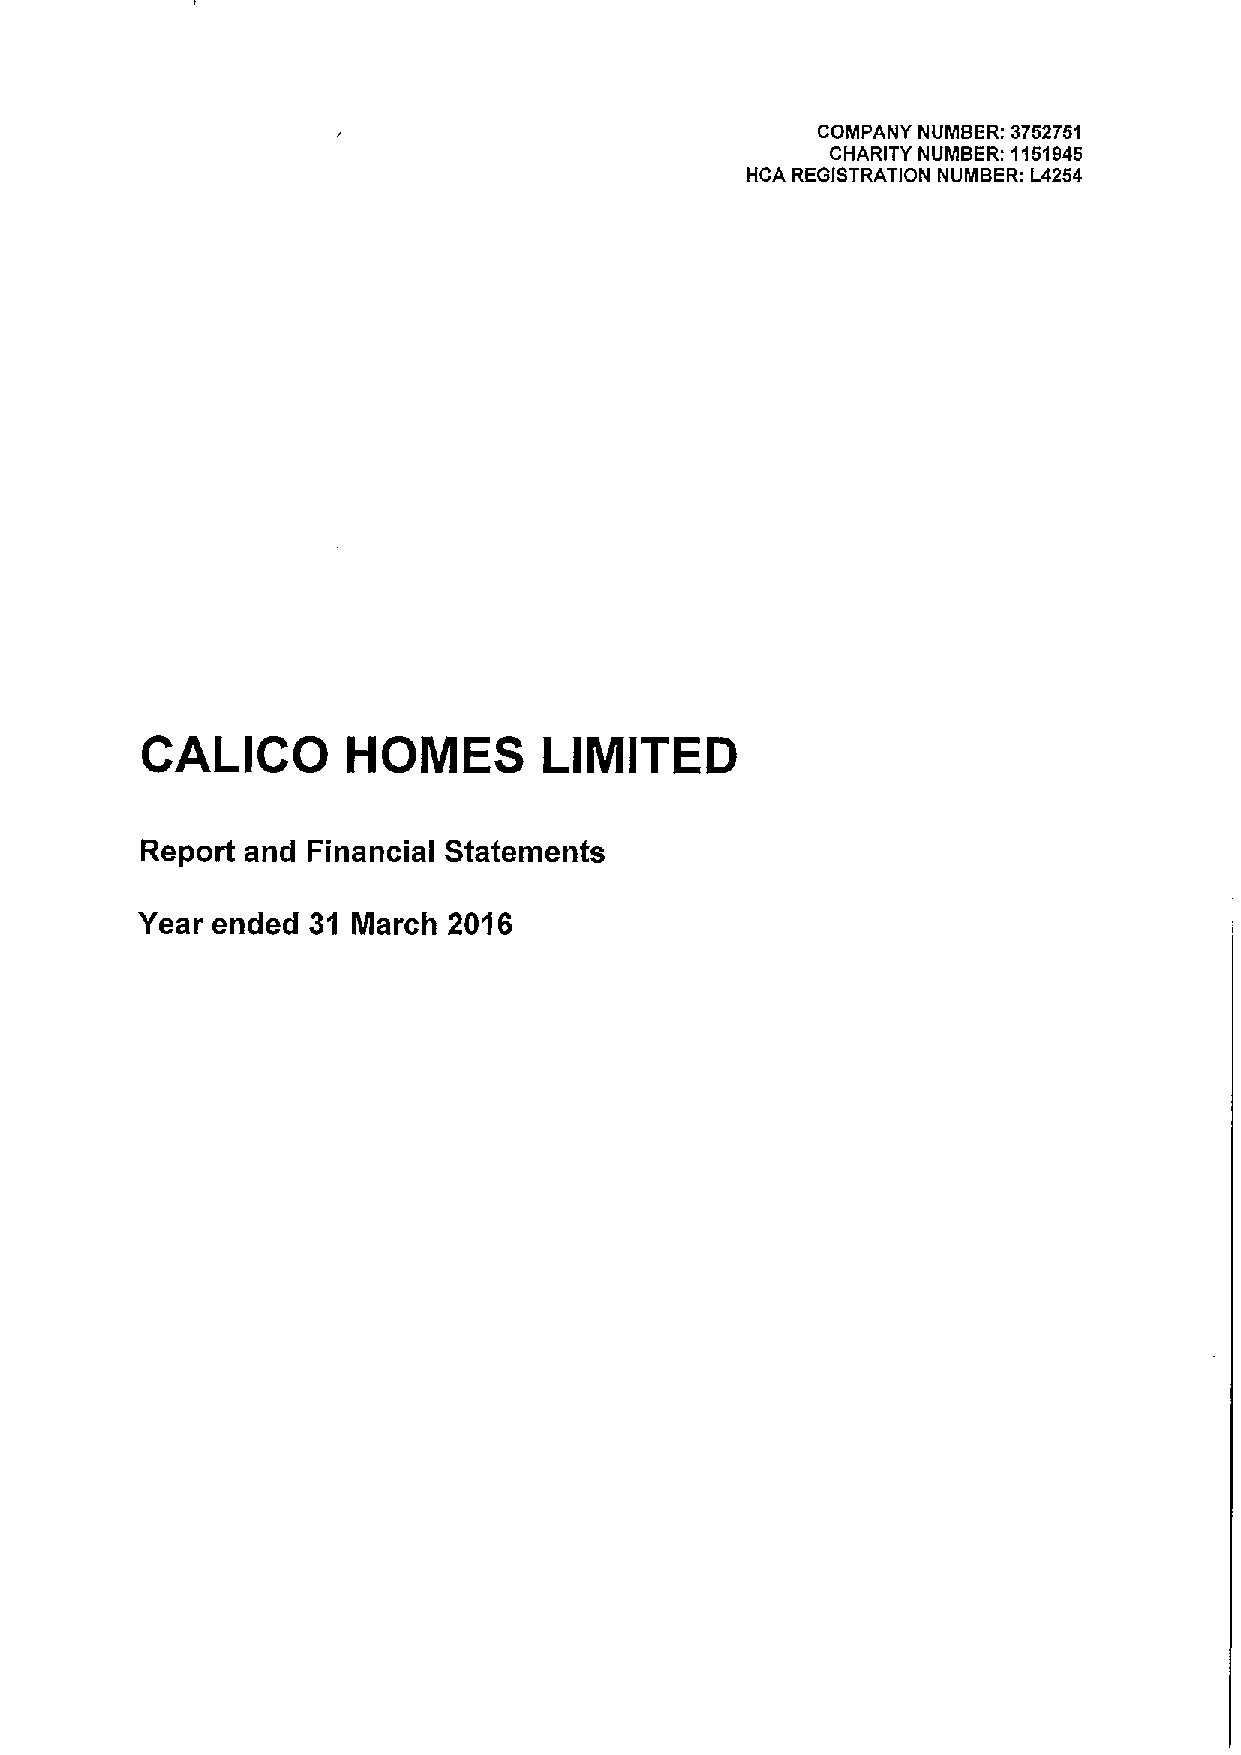
COMPANY NUMBER: 3752751
 CHARITY NUMBER: 1151945
 HCA REGISTRATION NUMBER: L4254
 CALICO        HOMES        LIMITED
 Report and Financial Statements
 Year ended 31 March  2016